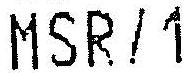
MSR/1